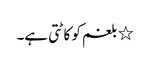
٭ بلغم کو کاٹتی ہے۔